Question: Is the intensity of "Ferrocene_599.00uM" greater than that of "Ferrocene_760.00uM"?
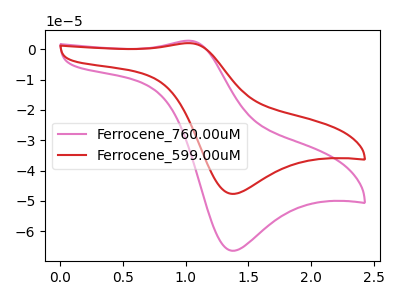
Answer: <think>The pink curve "Ferrocene_760.00uM" has an anodic peak at (1.05V, 2.85uA) and a cathodic peak at (1.35V, -66.45uA). The red curve "Ferrocene_599.00uM" has an anodic peak at (1.05V, 2.05uA) and a cathodic peak at (1.35V, -47.70uA).
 All the peaks in "Ferrocene_599.00uM" have a peak in "Ferrocene_760.00uM" at the same potential. Every peak in "Ferrocene_599.00uM" is lower than every peak in "Ferrocene_760.00uM".</think>
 <answer>"Ferrocene_599.00uM" has less signal than "Ferrocene_760.00uM".</answer>
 <eval>less_signal</eval>